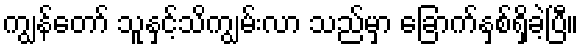
ကျွန်တော် သူနှင့်သိကျွမ်းလာ သည်မှာ ခြောက်နှစ်ရှိခဲ့ပြီ။